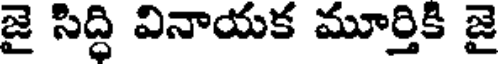
జై సిద్ధి వినాయక మూర్తికి జై